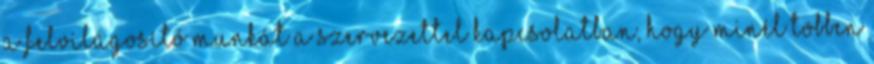
a felvilágosító munkát a szervezettel kapcsolatban, hogy minél többen